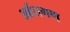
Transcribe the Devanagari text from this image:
अर्हतगण